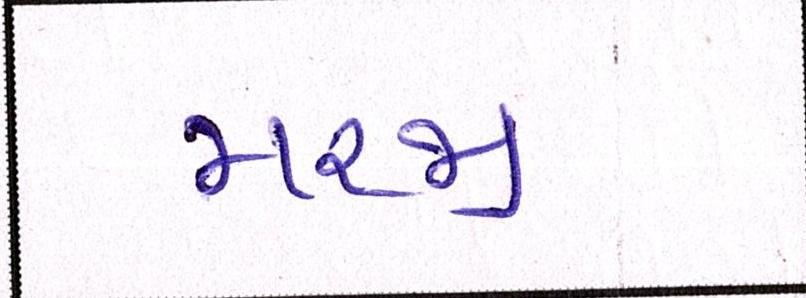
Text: મરજી